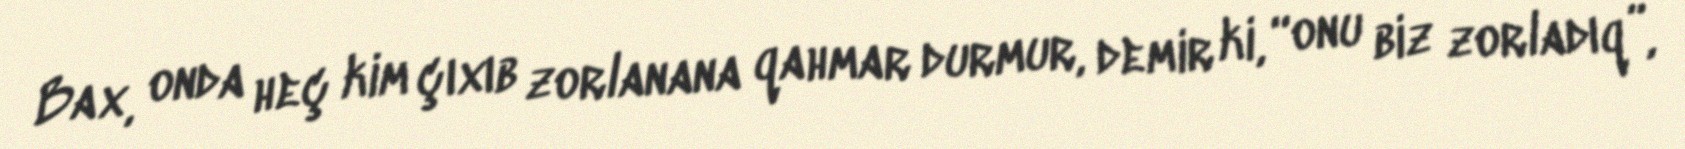
Bax, onda heç kim çıxıb zorlanana qahmar durmur, demir ki, “onu biz zorladıq”,